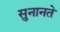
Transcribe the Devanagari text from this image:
सुनानते